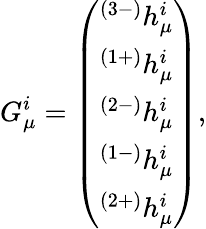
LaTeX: G_{\mu}^{i}=\left(\begin{array}{c}{{^{(3-)}h_{\mu}^{i}}}\\ {{^{(1+)}h_{\mu}^{i}}}\\ {{^{(2-)}h_{\mu}^{i}}}\\ {{^{(1-)}h_{\mu}^{i}}}\\ {{^{(2+)}h_{\mu}^{i}}}\end{array}\right),